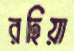
রহিয়া